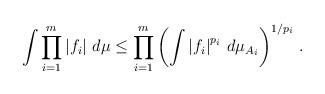
LaTeX: \begin{align*} \int \prod_{i=1}^m \left|f_i\right| \, d\mu \leq \prod_{i=1}^m \left(\int \left|f_i\right|^{p_i} \, d\mu_{A_i}\right)^{1/p_i}\,. \end{align*}